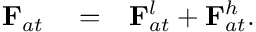
\begin{array} { r l r } { { \bf F } _ { a t } } & { { } = } & { { \bf F } _ { a t } ^ { l } + { \bf F } _ { a t } ^ { h } . } \end{array}